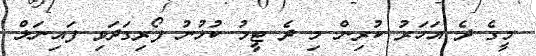
މީގެ ދެ އަހަރު ކުރިން މި ދެ ޓީމު ކުޅުނު ފޯރިގަދަވި ފައިނަލް